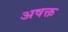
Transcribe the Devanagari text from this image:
अषक्त